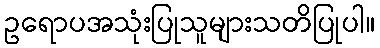
ဥရောပအသုံးပြုသူများသတိပြုပါ။